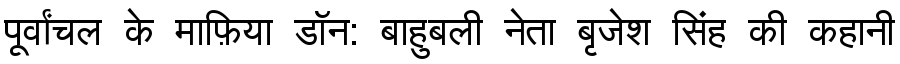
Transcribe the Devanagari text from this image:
पूर्वांचल के माफ़िया डॉन: बाहुबली नेता बृजेश सिंह की कहानी